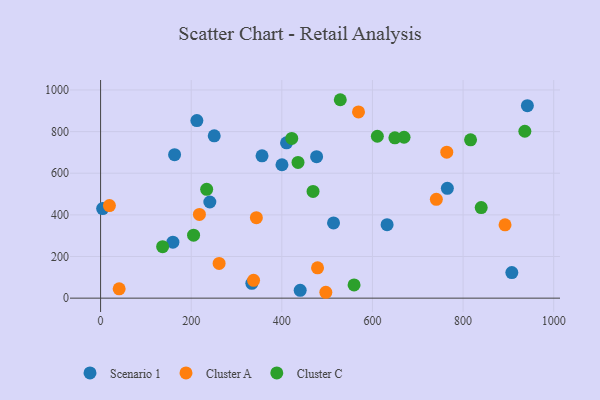
{"axis": {"x": "Ad Spend", "y": "Yield"}, "legend": ["Cluster A", "Cluster C", "Scenario 1"], "data": [{"x": "159.6", "y": 269.0, "type": "Scenario 1"}, {"x": "410.4", "y": 746.0, "type": "Scenario 1"}, {"x": "356.3", "y": 683.5, "type": "Scenario 1"}, {"x": "212.5", "y": 852.8, "type": "Scenario 1"}, {"x": "241.1", "y": 461.9, "type": "Scenario 1"}, {"x": "941.9", "y": 924.4, "type": "Scenario 1"}, {"x": "250.8", "y": 779.5, "type": "Scenario 1"}, {"x": "4.5", "y": 430.3, "type": "Scenario 1"}, {"x": "476.7", "y": 679.7, "type": "Scenario 1"}, {"x": "333.8", "y": 71.4, "type": "Scenario 1"}, {"x": "514.1", "y": 361.4, "type": "Scenario 1"}, {"x": "163.3", "y": 689.0, "type": "Scenario 1"}, {"x": "765.3", "y": 527.7, "type": "Scenario 1"}, {"x": "400.3", "y": 640.7, "type": "Scenario 1"}, {"x": "440.5", "y": 37.4, "type": "Scenario 1"}, {"x": "632.3", "y": 353.0, "type": "Scenario 1"}, {"x": "907.6", "y": 122.9, "type": "Scenario 1"}, {"x": "764.0", "y": 701.0, "type": "Cluster A"}, {"x": "337.6", "y": 85.5, "type": "Cluster A"}, {"x": "261.6", "y": 166.6, "type": "Cluster A"}, {"x": "892.6", "y": 352.3, "type": "Cluster A"}, {"x": "218.1", "y": 402.0, "type": "Cluster A"}, {"x": "19.5", "y": 444.7, "type": "Cluster A"}, {"x": "497.1", "y": 28.2, "type": "Cluster A"}, {"x": "41.0", "y": 44.8, "type": "Cluster A"}, {"x": "478.8", "y": 145.7, "type": "Cluster A"}, {"x": "741.0", "y": 474.5, "type": "Cluster A"}, {"x": "569.2", "y": 894.5, "type": "Cluster A"}, {"x": "343.8", "y": 386.7, "type": "Cluster A"}, {"x": "840.0", "y": 435.1, "type": "Cluster C"}, {"x": "468.9", "y": 512.6, "type": "Cluster C"}, {"x": "136.9", "y": 247.4, "type": "Cluster C"}, {"x": "435.7", "y": 651.8, "type": "Cluster C"}, {"x": "205.2", "y": 302.5, "type": "Cluster C"}, {"x": "669.7", "y": 772.8, "type": "Cluster C"}, {"x": "936.3", "y": 801.6, "type": "Cluster C"}, {"x": "234.1", "y": 522.5, "type": "Cluster C"}, {"x": "421.9", "y": 767.2, "type": "Cluster C"}, {"x": "559.4", "y": 63.5, "type": "Cluster C"}, {"x": "816.5", "y": 760.4, "type": "Cluster C"}, {"x": "610.8", "y": 777.7, "type": "Cluster C"}, {"x": "649.5", "y": 770.1, "type": "Cluster C"}, {"x": "529.0", "y": 953.1, "type": "Cluster C"}]}